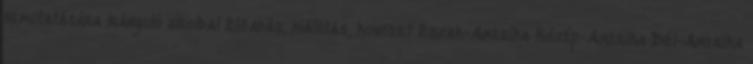
bemutatására irányuló híroldal Előadás, kiállítás, koncert Észak-Amerika Közép-Amerika Dél-Amerika